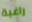
راغبة